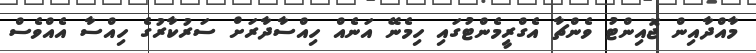
މާއްދާއިން ޖޮއިންޓު ވެންޗާ އެގްރީމެންޓުގައި ހިމެނޭ އަނެއް ހިއްސާދާރަށް ސަރުކާރުގެ ހިއްސާ އެއްވެސް